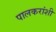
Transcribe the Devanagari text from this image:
पालकरांशी